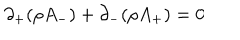
LaTeX: \partial _ { + } ( \rho A _ { - } ) + \partial _ { - } ( \rho A _ { + } ) = 0